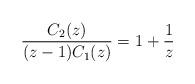
LaTeX: \begin{align*} \frac{C_2(z)}{(z-1) C_1(z)}=1 + \frac{1}{z}\end{align*}